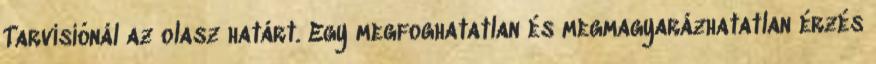
Tarvisiónál az olasz határt. Egy megfoghatatlan és megmagyarázhatatlan érzés